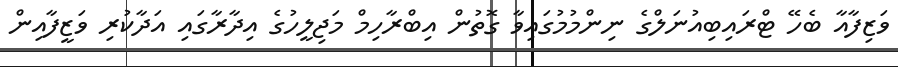
ވަޒިފާއާ ބެހޭ ޓްރައިބިއުނަލްގެ ނިންމުމުގައިވާ ގޮތުން އިބްރާހިމް މަޖިލީހުގެ އިދާރާގައި އަދާކުރި ވަޒީފާއިން